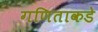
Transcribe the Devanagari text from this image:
गणिताकडे